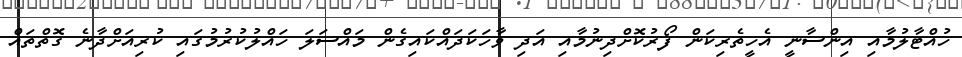
ހުއްޓާލުމާއި އިންސާނީ އެހީތެރިކަން ފޯރުކޮށްދިނުމާއި އަދި ވާހަކަދައްކައިގެން މައްސަލަ ހައްލުކުރުމުގައި ކުރިއަށްދާނެ ގޮތްތައް